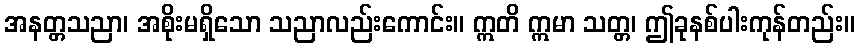
အနတ္တသညာ၊ အစိုးမရှိသော သညာလည်းကောင်း။ ဣတိ ဣမာ သတ္တ၊ ဤခုနစ်ပါးကုန်တည်း။